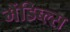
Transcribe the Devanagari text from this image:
मैंडिब्ल्स